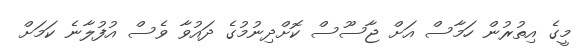
މީގެ އިތުރުން ހަމާސް އަށް ޖާސޫސް ކޮށްދިނުމުގެ ދައުވާ ވެސް އުފުލާނެ ކަމަށް